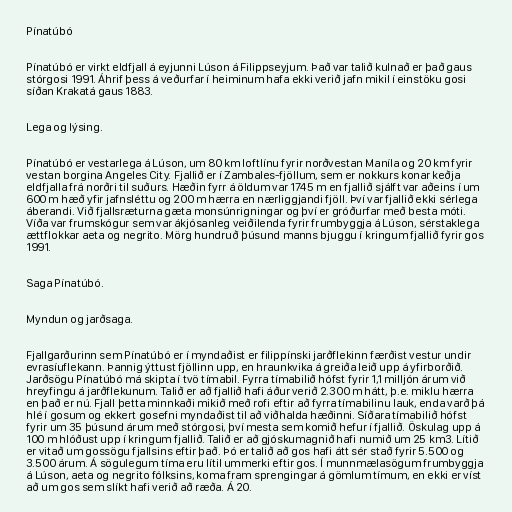
Pínatúbó

Pínatúbó er virkt eldfjall á eyjunni Lúson á Filippseyjum. Það var talið kulnað er það gaus
stórgosi 1991. Áhrif þess á veðurfar í heiminum hafa ekki verið jafn mikil í einstöku gosi
síðan Krakatá gaus 1883.

Lega og lýsing.

Pínatúbó er vestarlega á Lúson, um 80 km loftlínu fyrir norðvestan Maníla og 20 km fyrir
vestan borgina Angeles City. Fjallið er í Zambales-fjöllum, sem er nokkurs konar keðja
eldfjalla frá norðri til suðurs. Hæðin fyrr á öldum var 1745 m en fjallið sjálft var aðeins í um
600 m hæð yfir jafnsléttu og 200 m hærra en nærliggjandi fjöll. Því var fjallið ekki sérlega
áberandi. Við fjallsræturna gæta monsúnrigningar og því er gróðurfar með besta móti.
Víða var frumskógur sem var ákjósanleg veiðilenda fyrir frumbyggja á Lúson, sérstaklega
ættflokkar aeta og negrito. Mörg hundruð þúsund manns bjuggu í kringum fjallið fyrir gos
1991.

Saga Pínatúbó.

Myndun og jarðsaga.

Fjallgarðurinn sem Pínatúbó er í myndaðist er filippínski jarðflekinn færðist vestur undir
evrasíuflekann. Þannig ýttust fjöllinn upp, en hraunkvika á greiða leið upp á yfirborðið.
Jarðsögu Pínatúbó má skipta í tvö tímabil. Fyrra tímabilið hófst fyrir 1,1 milljón árum við
hreyfingu á jarðflekunum. Talið er að fjallið hafi áður verið 2.300 m hátt, þ.e. miklu hærra
en það er nú. Fjall þetta minnkaði mikið með rofi eftir að fyrra tímabilinu lauk, enda varð þá
hlé í gosum og ekkert gosefni myndaðist til að viðhalda hæðinni. Síðara tímabilið hófst
fyrir um 35 þúsund árum með stórgosi, því mesta sem komið hefur í fjallið. Öskulag upp á
100 m hlóðust upp í kringum fjallið. Talið er að gjóskumagnið hafi numið um 25 km3. Lítið
er vitað um gossögu fjallsins eftir það. Þó er talið að gos hafi átt sér stað fyrir 5.500 og
3.500 árum. Á sögulegum tíma eru lítil ummerki eftir gos. Í munnmælasögum frumbyggja
á Lúson, aeta og negrito fólksins, koma fram sprengingar á gömlum tímum, en ekki er víst
að um gos sem slíkt hafi verið að ræða. Á 20.